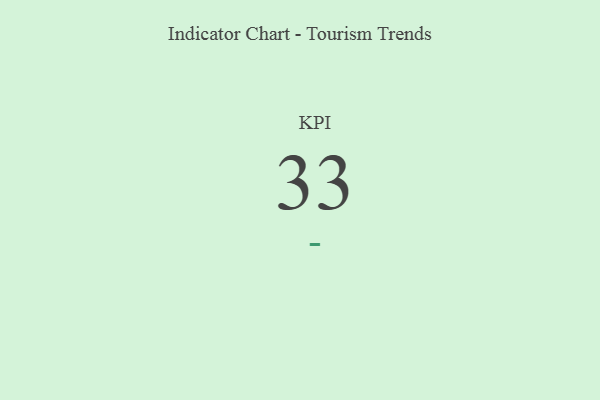
{"axis": {"x": "KPI", "y": "Value"}, "legend": [""], "data": [{"x": "KPI", "y": 33, "type": ""}]}